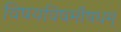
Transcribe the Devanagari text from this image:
विषयविषमौषधम्